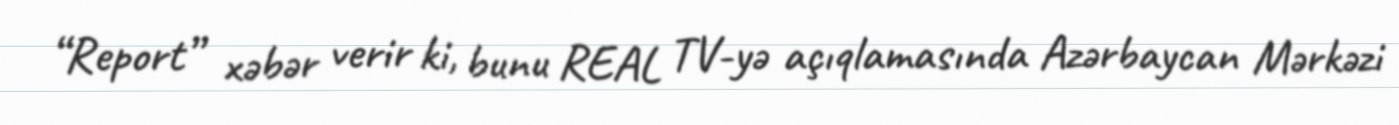
“Report” xəbər verir ki, bunu REAL TV-yə açıqlamasında Azərbaycan Mərkəzi